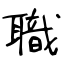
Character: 職